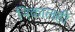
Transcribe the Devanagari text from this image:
निकालही